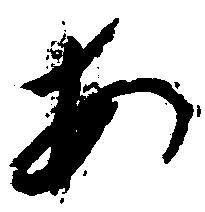
あ